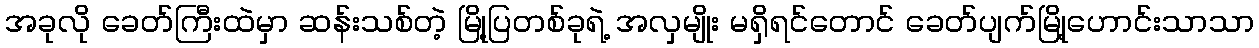
အခုလို ခေတ်ကြီးထဲမှာ ဆန်းသစ်တဲ့ မြို့ပြတစ်ခုရဲ့ အလှမျိုး မရှိရင်တောင် ခေတ်ပျက်မြို့ဟောင်းသာသာ